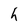
Character: h